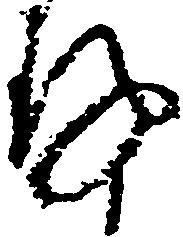
存